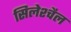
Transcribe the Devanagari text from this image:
सिलेश्चैल